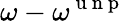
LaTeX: \omega-\omega^{\mathrm{~u~n~p~}}